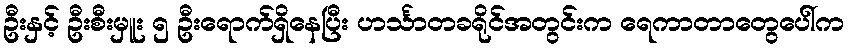
ဦးနှင့် ဦးစီးမှူး ၅ ဦးရောက်ရှိနေပြီး ဟင်္သာတခရိုင်အတွင်းက ရေကာတာတွေပေါ်က